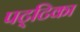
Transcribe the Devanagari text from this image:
पट्‌टिका